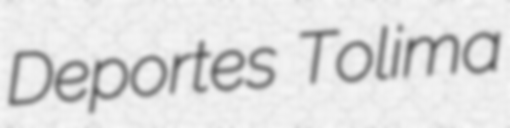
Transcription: Deportes Tolima